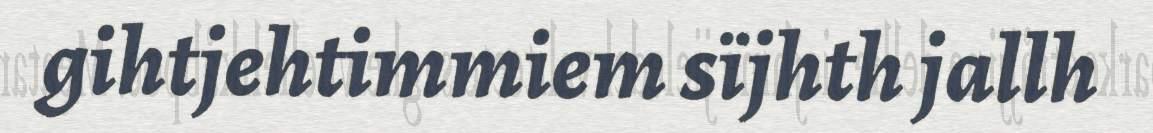
gihtjehtimmiem sïjhth jallh